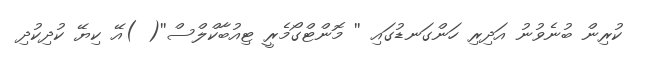
ކުރިން ބުނެވުނު އަދިރި ހަންގަނޑުގައި '' މޮންޓްގޯމެރީ ޓިއުބާކްލްސް''( )އޭ ކިޔޭ ކުދިކުދި